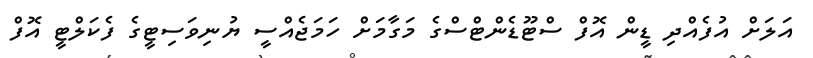
އަލަށް އުފެއްދި ޑީން އޮފް ސްޓޫޑެންޓްސްގެ މަގާމަށް ހަމަޖެއްސީ ޔުނިވަސިޓީގެ ފެކަލްޓީ އޮފް